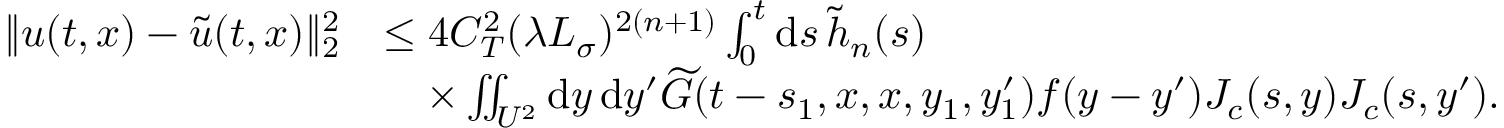
\begin{array} { r l } { \| u ( t , x ) - \widetilde { u } ( t , x ) \| _ { 2 } ^ { 2 } } & { \le 4 C _ { T } ^ { 2 } ( \lambda L _ { \sigma } ) ^ { 2 ( n + 1 ) } \int _ { 0 } ^ { t } \ensuremath { \mathrm { d } } s \, \widetilde { h } _ { n } ( s ) } \\ & { \quad \times \iint _ { U ^ { 2 } } \ensuremath { \mathrm { d } } y \, \ensuremath { \mathrm { d } } y ^ { \prime } \widetilde { G } ( t - s _ { 1 } , x , x , y _ { 1 } , y _ { 1 } ^ { \prime } ) f ( y - y ^ { \prime } ) J _ { c } ( s , y ) J _ { c } ( s , y ^ { \prime } ) . } \end{array}